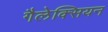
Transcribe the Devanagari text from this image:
गैलेक्सियन